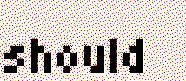
should